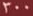
300